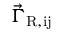
\vec { \Gamma } _ { \mathrm { R , i j } }